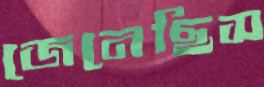
জেনেছিস